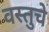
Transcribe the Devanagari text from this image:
वस्तुचे